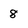
Character: 8